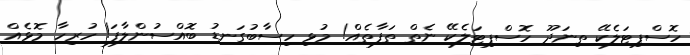
ހޮސްޕިޓަލެކޭ ތިނަދޫ ހޮސްޕިޓަލެކޭ ނެތް ތަފާތެއް! މުޅި ހިސާބުގަނޑު ބޮއްސުންލާފަ! ހުރިހާ މޮޅެއް